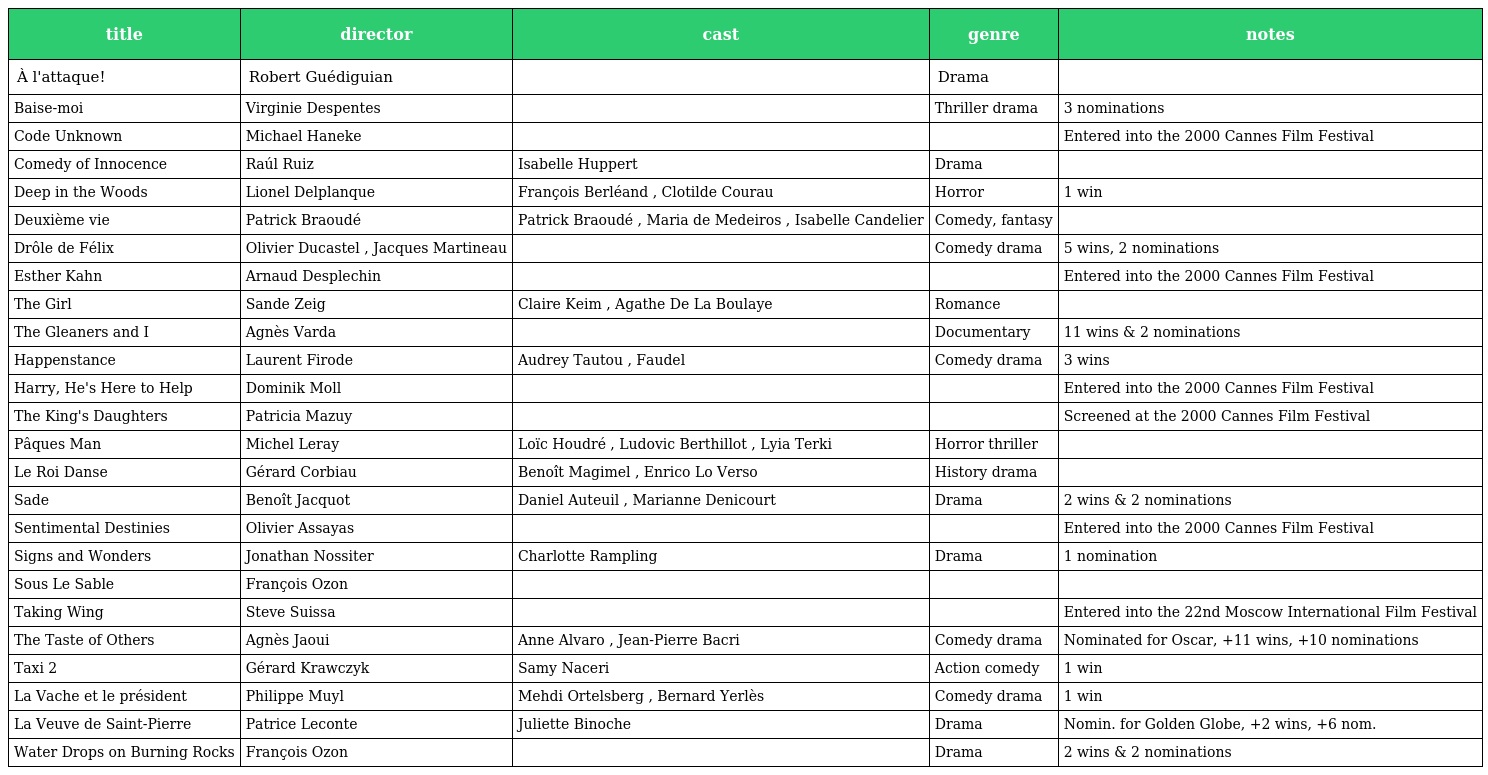
| title | director | cast | genre | notes |
 | --- | --- | --- | --- | --- |
 | À l'attaque! | Robert Guédiguian |  | Drama |  |
 | Baise-moi | Virginie Despentes |  | Thriller drama | 3 nominations |
 | Code Unknown | Michael Haneke |  |  | Entered into the 2000 Cannes Film Festival |
 | Comedy of Innocence | Raúl Ruiz | Isabelle Huppert | Drama |  |
 | Deep in the Woods | Lionel Delplanque | François Berléand , Clotilde Courau | Horror | 1 win |
 | Deuxième vie | Patrick Braoudé | Patrick Braoudé , Maria de Medeiros , Isabelle Candelier | Comedy, fantasy |  |
 | Drôle de Félix | Olivier Ducastel , Jacques Martineau |  | Comedy drama | 5 wins, 2 nominations |
 | Esther Kahn | Arnaud Desplechin |  |  | Entered into the 2000 Cannes Film Festival |
 | The Girl | Sande Zeig | Claire Keim , Agathe De La Boulaye | Romance |  |
 | The Gleaners and I | Agnès Varda |  | Documentary | 11 wins & 2 nominations |
 | Happenstance | Laurent Firode | Audrey Tautou , Faudel | Comedy drama | 3 wins |
 | Harry, He's Here to Help | Dominik Moll |  |  | Entered into the 2000 Cannes Film Festival |
 | The King's Daughters | Patricia Mazuy |  |  | Screened at the 2000 Cannes Film Festival |
 | Pâques Man | Michel Leray | Loïc Houdré , Ludovic Berthillot , Lyia Terki | Horror thriller |  |
 | Le Roi Danse | Gérard Corbiau | Benoît Magimel , Enrico Lo Verso | History drama |  |
 | Sade | Benoît Jacquot | Daniel Auteuil , Marianne Denicourt | Drama | 2 wins & 2 nominations |
 | Sentimental Destinies | Olivier Assayas |  |  | Entered into the 2000 Cannes Film Festival |
 | Signs and Wonders | Jonathan Nossiter | Charlotte Rampling | Drama | 1 nomination |
 | Sous Le Sable | François Ozon |  |  |  |
 | Taking Wing | Steve Suissa |  |  | Entered into the 22nd Moscow International Film Festival |
 | The Taste of Others | Agnès Jaoui | Anne Alvaro , Jean-Pierre Bacri | Comedy drama | Nominated for Oscar, +11 wins, +10 nominations |
 | Taxi 2 | Gérard Krawczyk | Samy Naceri | Action comedy | 1 win |
 | La Vache et le président | Philippe Muyl | Mehdi Ortelsberg , Bernard Yerlès | Comedy drama | 1 win |
 | La Veuve de Saint-Pierre | Patrice Leconte | Juliette Binoche | Drama | Nomin. for Golden Globe, +2 wins, +6 nom. |
 | Water Drops on Burning Rocks | François Ozon |  | Drama | 2 wins & 2 nominations |